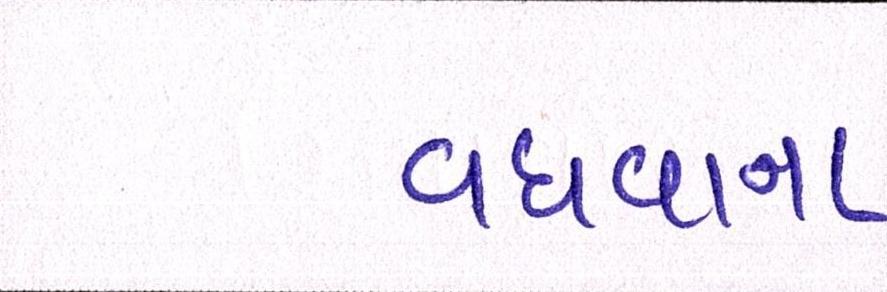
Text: વધવાના